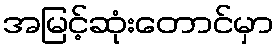
အမြင့်ဆုံးတောင်မှာ